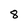
Character: 8